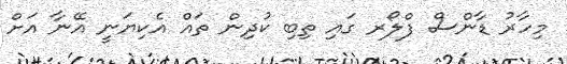
މިހާރު ޑާންސް ފްލޯރ ގައި ތިބި ކުދިން ތައް އެކިޔަނީ އޭނާ އަށް